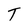
Character: T